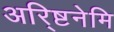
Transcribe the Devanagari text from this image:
अरि्ष्टनेमि